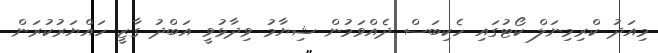
މިއަދު ކްރިމިނަލް ކޯޓުގައި ހެކިބަސް ދެއްވަމުން ޝިޔާމު ވިދާޅުވީ އަބްދު ގާޒީ ހައްޔަރުކުރަން